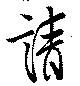
請